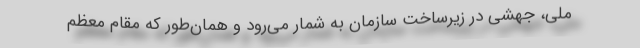
ملی، جهشی در زیرساخت سازمان به شمار می‌رود و همان‌طور که مقام معظم